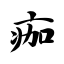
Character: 痂